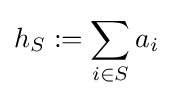
h_{S}:=\sum _{i\in S}a_{i}